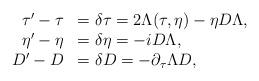
LaTeX: \begin{align*}\begin{array}{rl}\tau'-\tau&=\delta\tau=2\Lambda(\tau,\eta)-\eta D\Lambda,\\\eta'-\eta&=\delta \eta = -iD\Lambda,\\D'-D&=\delta D=-\partial_\tau\Lambda D,\end{array}\end{align*}